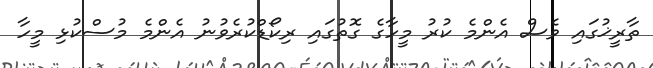
ތާރީޚުގައި ވެސް އެންމެ ކުރު މީހާގެ ގޮތުގައި ރިކޯޑްކުރެވުނު އެންމެ މުސްކުޅި މީހާ